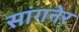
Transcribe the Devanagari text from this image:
सांगनेर